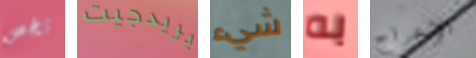
تخص بريدجيت شيء به الإخراج